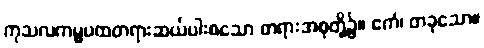
ကုသလကမ္မပထတရားဆယ်ပါးစသော တရားအစုတို့၌။ ဧကံ၊ တခုသော။